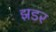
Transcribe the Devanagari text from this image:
झडर